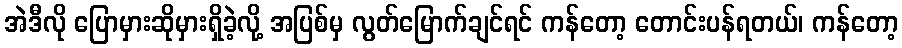
အဲဒီလို ပြောမှားဆိုမှားရှိခဲ့လို့ အပြစ်မှ လွတ်မြောက်ချင်ရင် ကန်တော့ တောင်းပန်ရတယ်၊ ကန်တော့